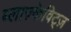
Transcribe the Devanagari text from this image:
ब्लाज़्केविट्ज़